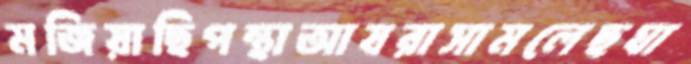
মজিয়াছিপন্থাআযরাসামলেছঘা